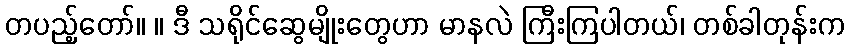
တပည့်တော်။ ။ ဒီ သရိုင်ဆွေမျိုးတွေဟာ မာနလဲ ကြီးကြပါတယ်၊ တစ်ခါတုန်းက